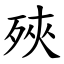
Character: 殎